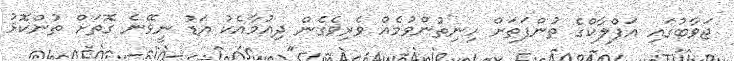
ޖަވާބުގައި އަފްލާކްގެ ތުންފަތަށް ހިނިތުންވުމެއް ވެރިވެގެން ދިއުމާއެކު އަޑު ނީވޭނެ ގޮތަށް ތުންކޮޅު